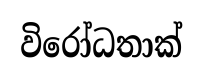
විරෝධතාක්